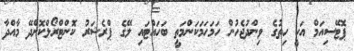
ޕޮޓޭސިއަމް އަކީ ހިތުގެ ވިންދުޖެހުން ހަމަހަމަކަންމަތީ ބަހައްޓައި ލޭގެ ޕްރެޝަރު ކޮންޓްރޯލްކޮށްދޭ މާއްދާ